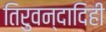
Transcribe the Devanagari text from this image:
तिरुवन्दादिही